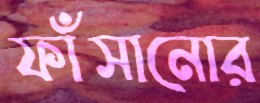
ফাঁসানোর